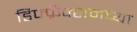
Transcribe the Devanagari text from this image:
डिफ्फ्रॅक्शनच्या